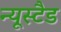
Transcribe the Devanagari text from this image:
न्यूस्टैड